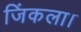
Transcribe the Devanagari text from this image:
जिंकला।